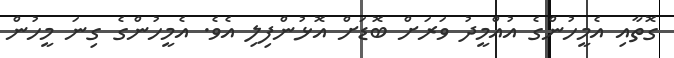
ގޮތާއި އެމީހުންގެ އުއްމީދު ވަރަށް ބޮޑަށް އޮޅުންފިލި އެވެ. އެމީހުންގެ ގިނަ މީހުން